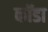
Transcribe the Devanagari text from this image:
कॉडा